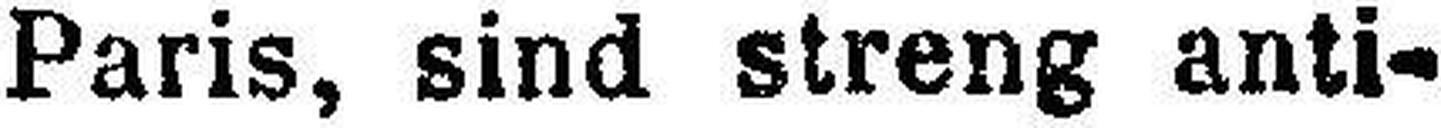
Paris, sind streng anti¬